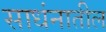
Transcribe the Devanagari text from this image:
साधंनातील